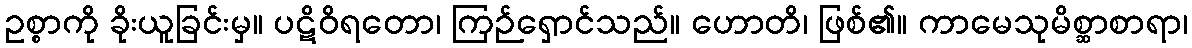
ဥစ္စာကို ခိုးယူခြင်းမှ။ ပဋိဝိရတော၊ ကြဉ်ရှောင်သည်။ ဟောတိ၊ ဖြစ်၏။ ကာမေသုမိစ္ဆာစာရာ၊